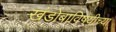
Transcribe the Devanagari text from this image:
खंडोबाविषयीच्या